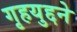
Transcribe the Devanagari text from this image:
गृहयुद्दने